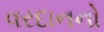
વરદાનનો